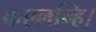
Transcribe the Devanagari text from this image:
कएलन्हि।